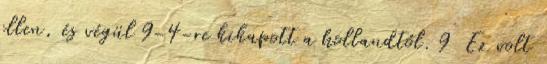
ellen, és végül 9-4-re kikapott a hollandtól. 9 Ez volt